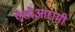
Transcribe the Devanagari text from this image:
ऐशोआरामी